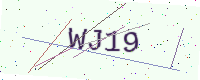
Text: WJ19